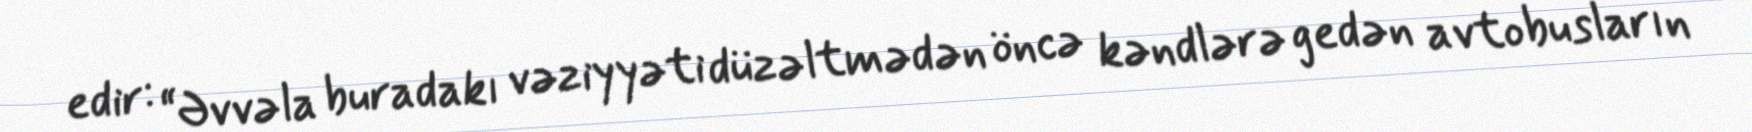
edir: “Əvvəla buradakı vəziyyəti düzəltmədən öncə kəndlərə gedən avtobusların